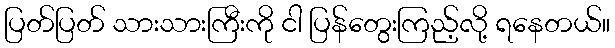
ပြတ်ပြတ် သားသားကြီးကို ငါ ပြန်တွေးကြည့်လို့ ရနေတယ်။